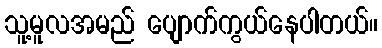
သူ့မူလအမည် ပျောက်ကွယ်နေပါတယ်။